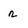
Character: n